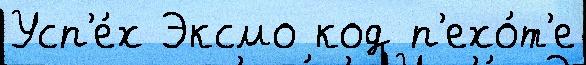
Усп'е́х Эксмо код п'ехо́т'е